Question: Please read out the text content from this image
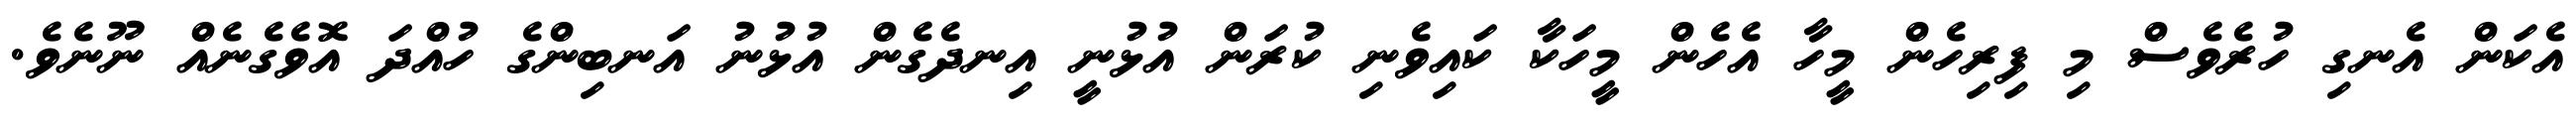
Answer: އެކަން އެނގި ހުރެވެސް މި ފިރިހެން މީހާ އެހެން މީހަކާ ކައިވެނި ކުރަން އުޅުނީ އިނދެގެން އުޅުނު އަނބިންގެ ހުއްދަ އޮވެގެނެއް ނޫނެވެ.